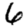
Digit: 6